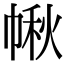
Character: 𢃸